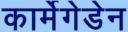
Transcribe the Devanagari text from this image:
कार्मेगेडेन